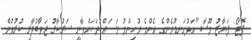
ފޮޓޯ: ފަޔާޒު މޫސާ "އަޅުގަނޑުމެންގެ އެންމެ މުހިންމު މަސައްކަތަކަށްވާނީ ސަރުކާރު ޖަވާބުދާރީ ކުރުވުން.